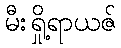
မီးရှို့ရာယဇ်